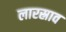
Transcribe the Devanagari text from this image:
लारस्राव